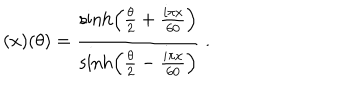
( x ) ( \theta ) = \frac { \sinh \left( \frac { \theta } { 2 } + \frac { i \pi x } { 6 0 } \right) } { \sinh \left( \frac { \theta } { 2 } - \frac { i \pi x } { 6 0 } \right) } ~ .